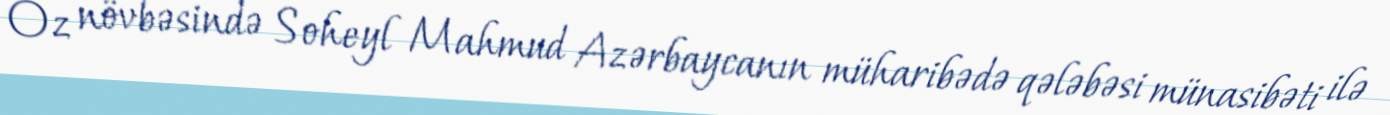
Öz növbəsində Soheyl Mahmud Azərbaycanın müharibədə qələbəsi münasibəti ilə